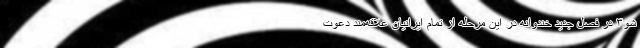
شو۳ در فصل جدید خندوانه در این مرحله از تمام ایرانیان علاقه‌مند دعوت